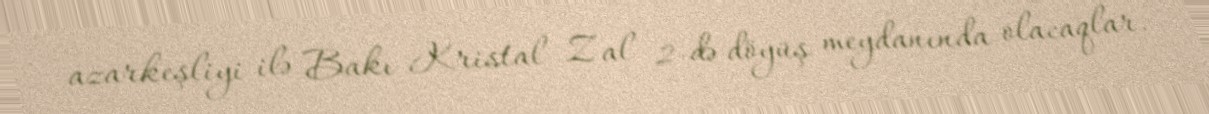
azarkeşliyi ilə Bakı Kristal Zal 2-də döyüş meydanında olacaqlar.